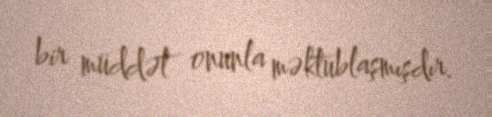
bir müddət onunla məktublaşmışdır.